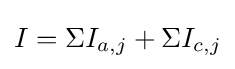
I=\Sigma I_{a,j}+\Sigma I_{c,j}